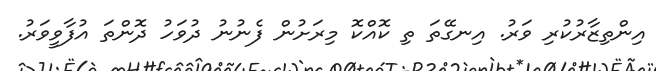
އިންތިޒާރުކުރި ވަރު. އިނގޭތަ ތި ކޮއްކޮ މިރަށުން ފެނުނު ދުވަހު ދޮންތަ އުފާވީވަރު.